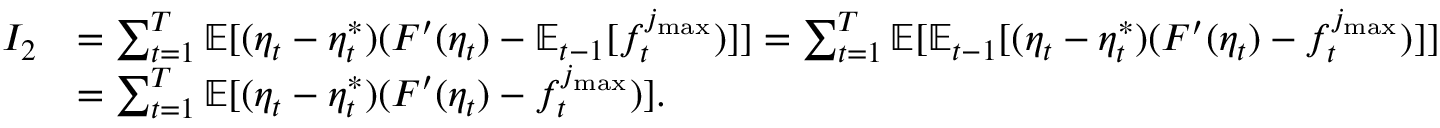
\begin{array} { r l } { I _ { 2 } } & { = \sum _ { t = 1 } ^ { T } \mathbb { E } [ ( \eta _ { t } - \eta _ { t } ^ { * } ) ( F ^ { \prime } ( \eta _ { t } ) - \mathbb { E } _ { t - 1 } [ f _ { t } ^ { j _ { \operatorname* { m a x } } } ) ] ] = \sum _ { t = 1 } ^ { T } \mathbb { E } [ \mathbb { E } _ { t - 1 } [ ( \eta _ { t } - \eta _ { t } ^ { * } ) ( F ^ { \prime } ( \eta _ { t } ) - f _ { t } ^ { j _ { \operatorname* { m a x } } } ) ] ] } \\ & { = \sum _ { t = 1 } ^ { T } \mathbb { E } [ ( \eta _ { t } - \eta _ { t } ^ { * } ) ( F ^ { \prime } ( \eta _ { t } ) - f _ { t } ^ { j _ { \operatorname* { m a x } } } ) ] . } \end{array}